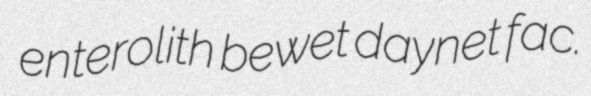
enterolith bewet daynet fac.